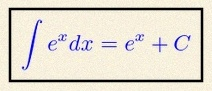
\int e^x dx=e^x+C